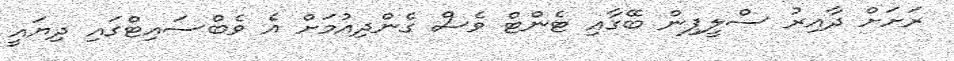
ރަށަށް ދާއިރު ސްލީޕިން ބޭގާއި ޓެންޓް ވެސް ގެންދިއުމަށް އެ ވެބްސައިޓްގައި ދިޔައީ